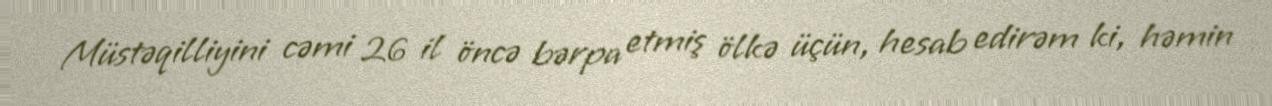
Müstəqilliyini cəmi 26 il öncə bərpa etmiş ölkə üçün, hesab edirəm ki, həmin